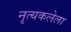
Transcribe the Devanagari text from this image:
नृत्यकलेला